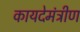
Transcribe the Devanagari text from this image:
कायदेमंत्रीण